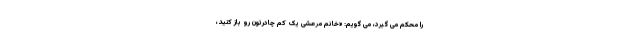
را محکم می گیرد، می گویم: «خانم مرعشی یک کم چادرتون رو باز کنید،